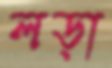
লড়া